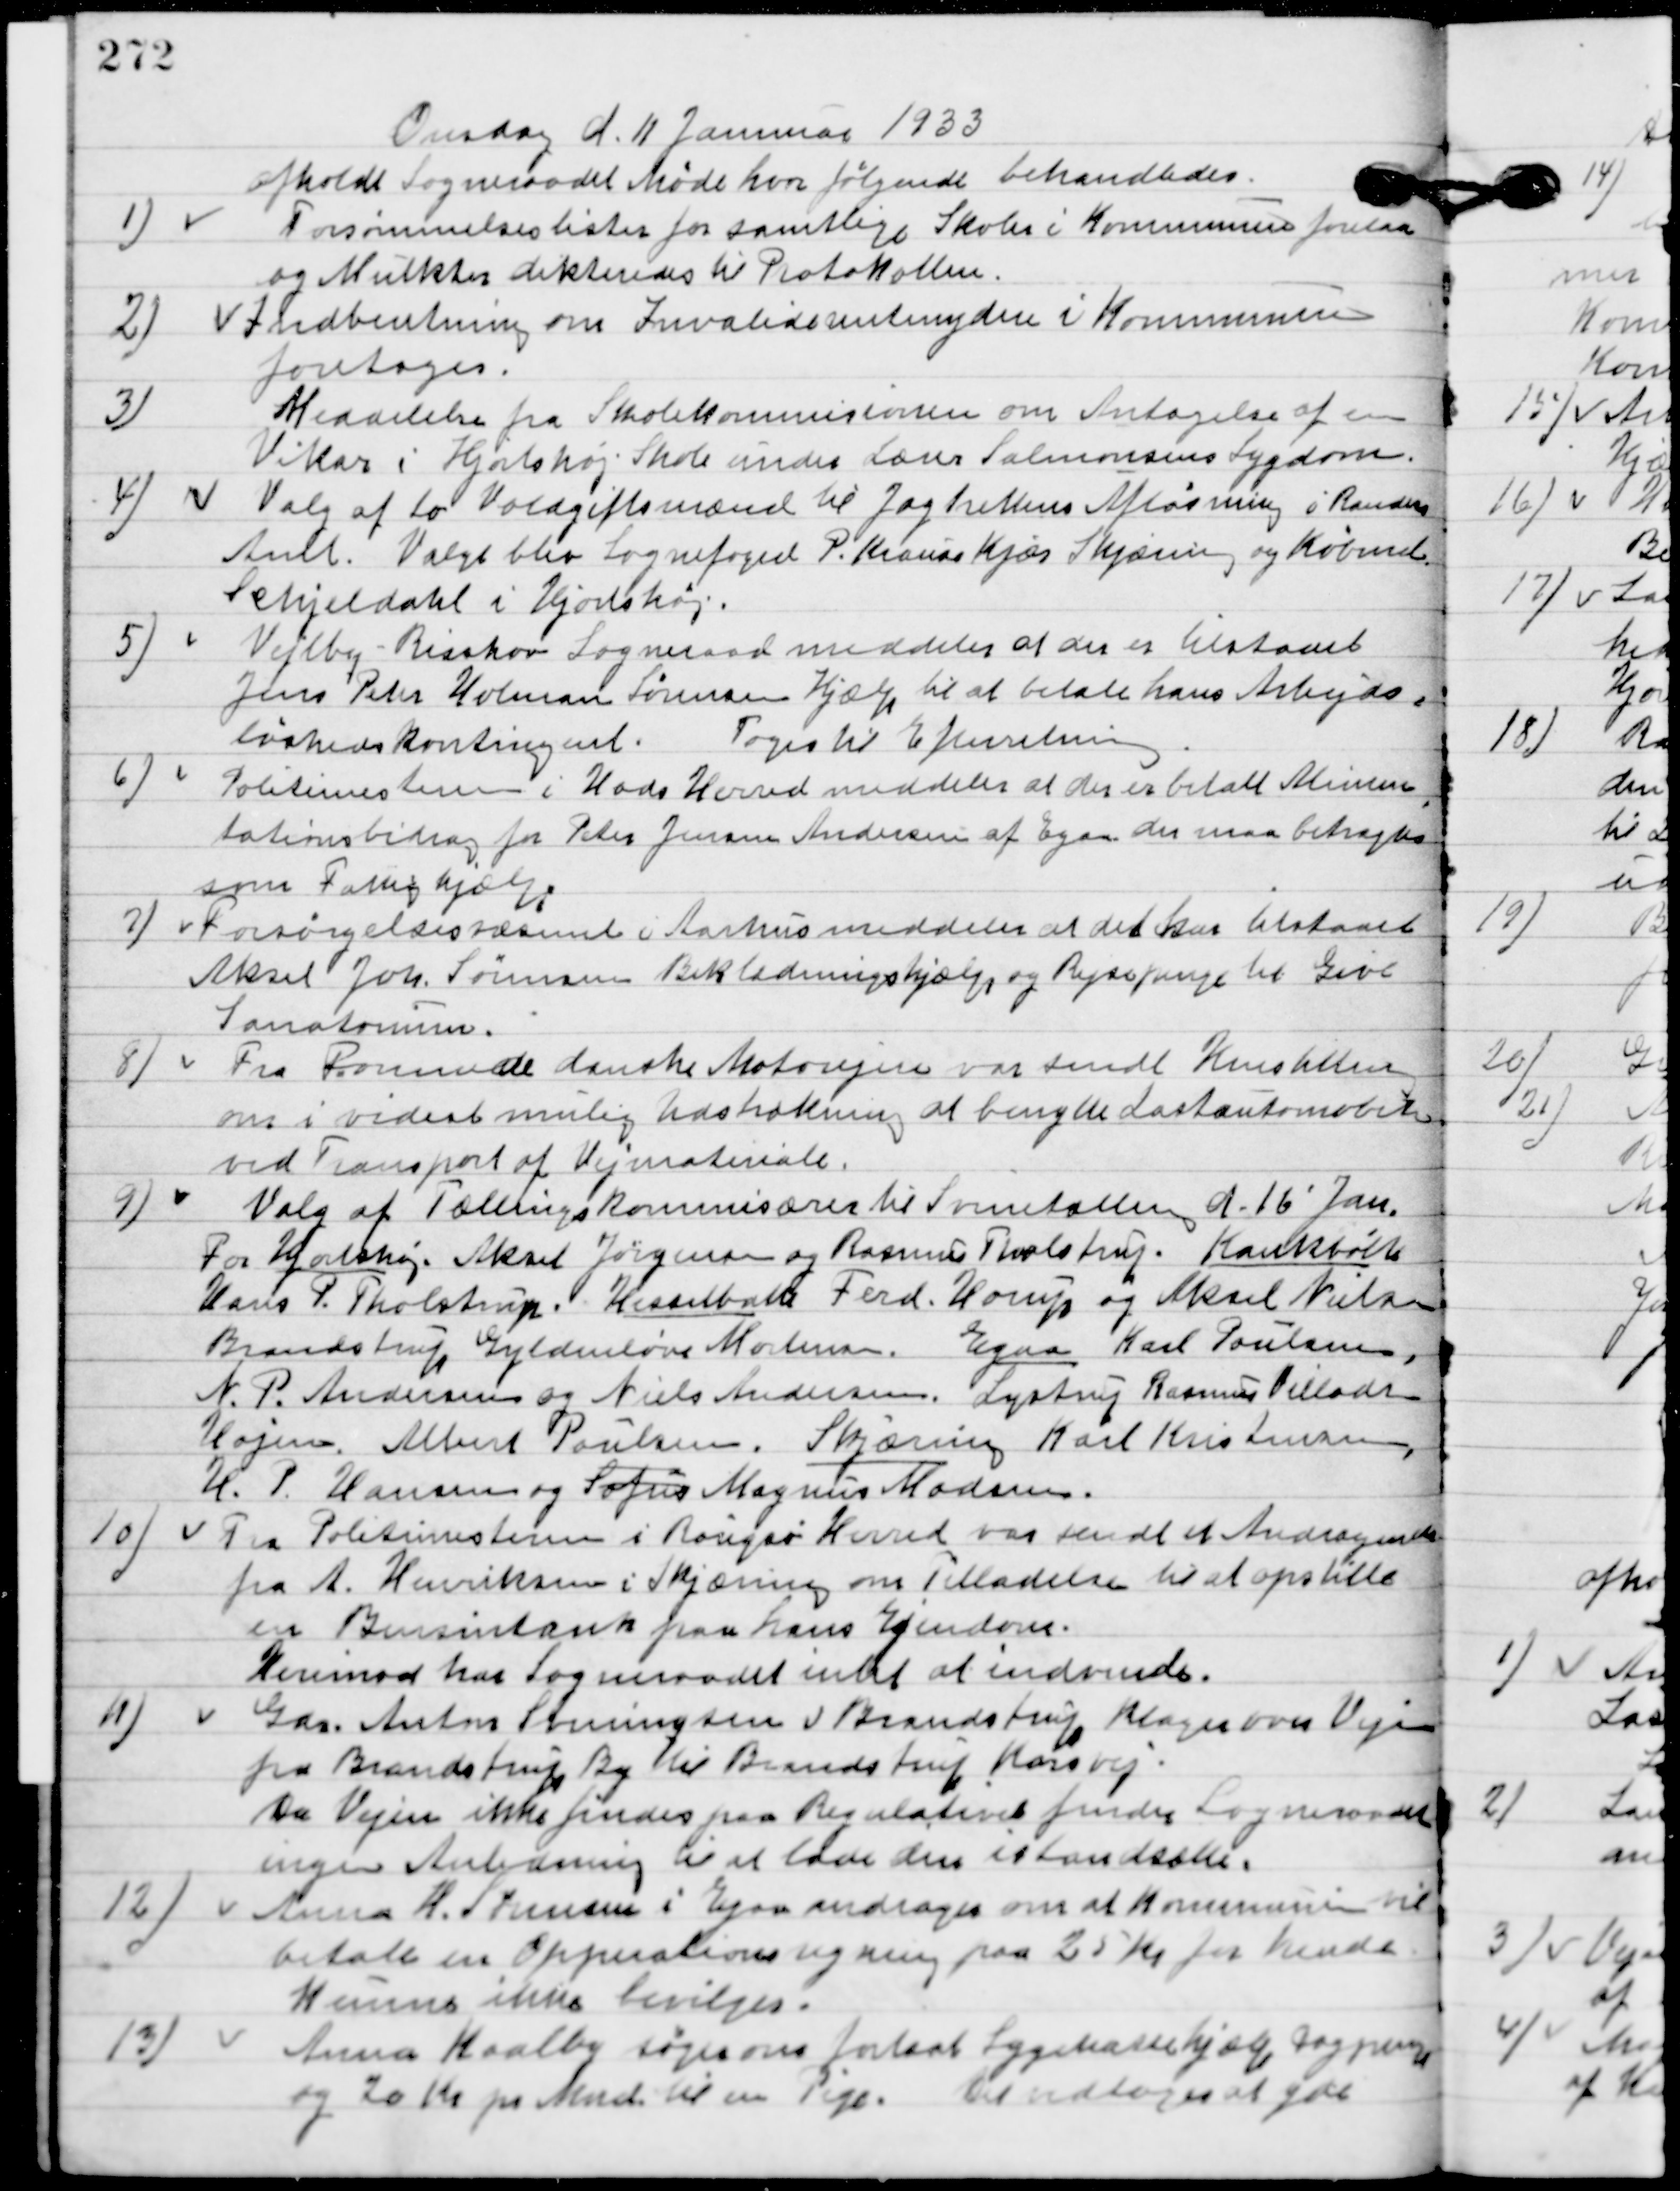
Transskription:
Onsdag d. 11 Januar 1933
afholdt Sogneraadet Møde hvor følgende Sager behandledes.

1

Forsømmelseslister for samtlige Skoler i Kommunen forelaa
og Mulkter dikteredes til Protokollen.

2

Indberetning om Invaliderenteydere i Kommunen
foretoges.

3

Meddelelse fra Skolekommissionen om Antagelse af en
Vikar i Hjortshøj skole under Lærer Salomonsen sygdom.

4

Valg af to Voldgiftsmænd til Jagtrettens afløsning i Randers
Amt. Valgt blev Sognefoged P. Krause Kjær Skjæring og Købmand
Schjeldahl i Hjortshøj.

5

Vejlby-Risskov Sogneraad meddeler at der er tilstaaet
Jens Peter Holmans Sørensen hjælp til at betale hans Arbejds-
løshedskontingent.
Toges til Efterretning.

6

Politimesteren i Hads Herred meddeler at der er betalt Alimen-
tationsbidrag for Peter Jensen Andersen af Egaa der maa betragtes
som Fattighjælp.

7

Forsørgelsesvæsenet i Aarhus meddeler at det har tilstaaet
Aksel Joh. Sørensen Beklædningshjælp og Rejsepenge til Give
Sanatorium.

8

Fra Forenede danske Motorejere var sendt Henstilling
om vidst mulig Udstrækning at benytte Lastautomobiler
ved Transport af Vejmateriale.

9

Valg af Tællingskommisærer til Svinetælling d. 16.´Jan.
for Hjortshøj Aksel Jørgensen og Rasmus Tholstrup, Krankbølle,
Hans P. Tholstrup, Hesselballe, Ferd. Horup og Aksel Nielsen,
Brandstrup. Gyldenløve Mortensen, Egaa, Karl Poulsen
N. P. Andersen og Niels Andersen, Lystrup, Rasmus Villadsen,
Vojens, Albert Poulsen, Skjæring, Karl Kristensen,
H. P. Hansen og Magnus Madsen.

10

Fra Politimesteren i Rougsø Herred var sendt et Andragende
fra A. Henriksen i Skjæring om tilladelse til at opstille
en bensintank paa hans Ejendom.
Derimod har sogneraadet intet at indvende.

11.

Gdr. Anton Svenningsen v. Brandstrup Klager over Vejen
fra Brandstrup By til Brandstrup Korsvej.
Da Vejen ikke findes på Regulativet finder Sogneraadet
ingen Anledning til at lade den istandsætte.

12

Anna H. Svensen i Egaa om at Kommunen vil
betale en Opperation regning paa 25 Kr. for hendes.
Kunne ikke bevilgedes.

13

Anna Kaalby søger om forsat Sygekassehjælp, Dagpenge
og 20 Kr. pr. Mnd. Til en Pige.
Det vedtoges at yde